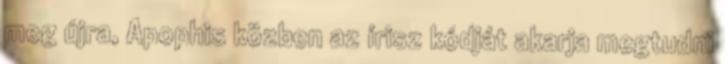
meg újra, Apophis közben az írisz kódját akarja megtudni